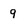
Character: q